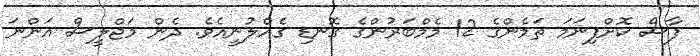
ފާސް ކޮށްފިނަމަ ތަމެންގެ 12 މެމްބަރުންގެ ގޮނޑި ގެއްލުނީއެވެ. ދެން މަޖްލީސް އަންނަ